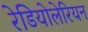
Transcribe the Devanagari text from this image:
रेडियोलेरियन